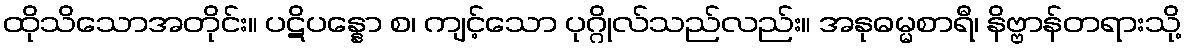
ထိုသိသောအတိုင်း။ ပဋိပန္နော စ၊ ကျင့်သော ပုဂ္ဂိုလ်သည်လည်း။ အနုဓမ္မစာရီ၊ နိဗ္ဗာန်တရားသို့